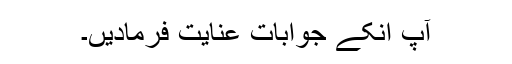
آپ انکے جوابات عنایت فرمادیں۔